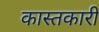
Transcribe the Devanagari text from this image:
कास्तकारी